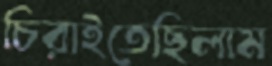
চিরাইতেছিলাম